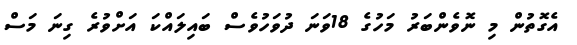
އެގޮތުން މި ނޮވެންބަރު މަހުގެ 18ވަނަ ދުވަހުވެސް ބައިލައްކަ އަށްވުރެ ގިނަ މަސް